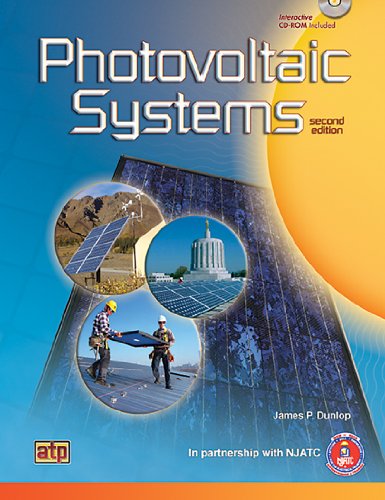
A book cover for Photovoltaic Systems; James P. Dunlop; Science & Math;